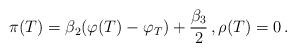
LaTeX: \begin{align*} \pi(T)=\beta_2(\varphi(T)-\varphi_T) + \frac{\beta_3}2\,, \rho(T)=0\,.\end{align*}